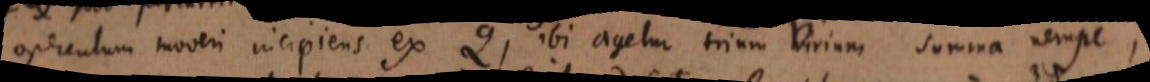
operculum moveri incipiens ex Q, ibi agetur trium virium summa nempe,